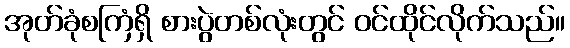
အုတ်ခုံစကြံရှိ စားပွဲတစ်လုံးတွင် ဝင်ထိုင်လိုက်သည်။